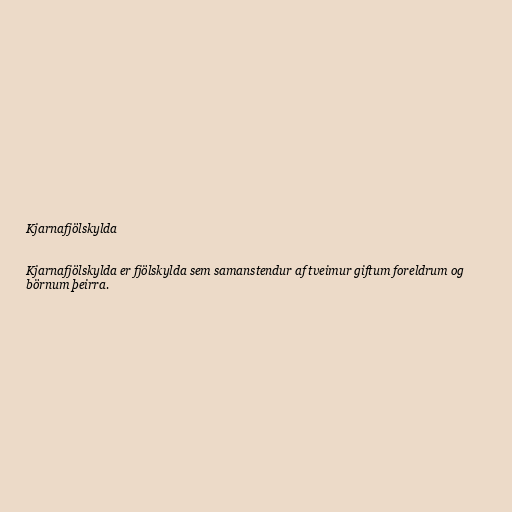
Kjarnafjölskylda

Kjarnafjölskylda er fjölskylda sem samanstendur af tveimur giftum foreldrum og
börnum þeirra.